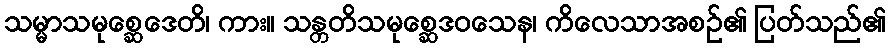
သမ္မာသမုစ္ဆေဒေတိ၊ ကား။ သန္တတိသမုစ္ဆေဒဝသေန၊ ကိလေသာအစဉ်၏ ပြတ်သည်၏